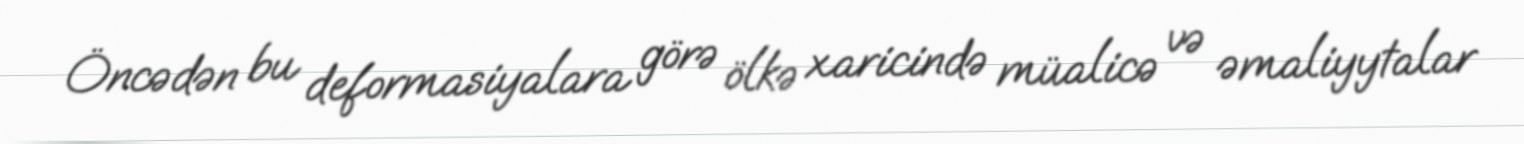
Öncədən bu deformasiyalara görə ölkə xaricində müalicə və əmaliyytalar